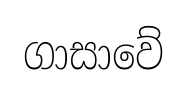
ගාසාවේ